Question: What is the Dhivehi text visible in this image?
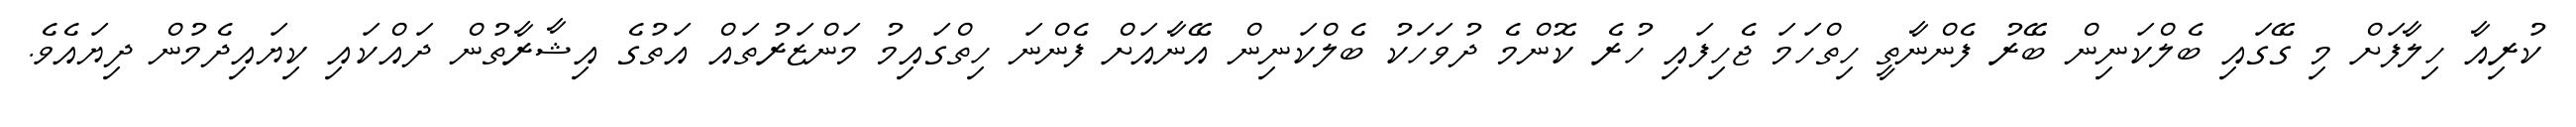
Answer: ކުރިއާ ހިލާފަށް މި ގޭގައި ބެލްކަނިން ބޭރު ފެންނާތީ ހިތްހަމަ ޖެހިފައި ހުރެ ކޮންމެ ދުވަހަކު ބެލްކަނިން އޭނާއަށް ފެންނަ ހިތްގައިމު މަންޒަރުތައް އަތުގެ އިޝާރާތުން ދައްކައި ކިޔައިދެމުން ދިޔައެވެ.